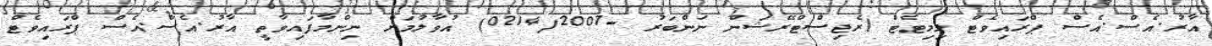
އާރު.އެސް.އެސް ޕްރައިވެޓް ލިމިޓެޓް (ރެޖިސްޓްރޭޝަން ނަންބަރު -0214/2007) އުވާލުމަށް ނިންމާފައިވާތީ އާރު.އެސް.އެސް ޕްރައިވެޓް